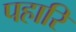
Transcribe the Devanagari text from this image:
पहारि